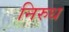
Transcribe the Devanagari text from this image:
निरुध